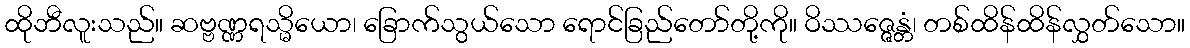
ထိုဘီလူးသည်။ ဆဗ္ဗဏ္ဏရသ္မိယော၊ ခြောက်သွယ်သော ရောင်ခြည်တော်တို့ကို။ ဝိဿဇ္ဇေန္တံ၊ တစ်ထိန်ထိန်လွှတ်သော။